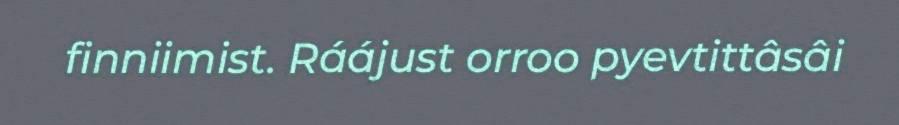
finniimist. Ráájust orroo pyevtittâsâi